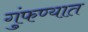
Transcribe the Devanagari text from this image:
गुंफण्यात